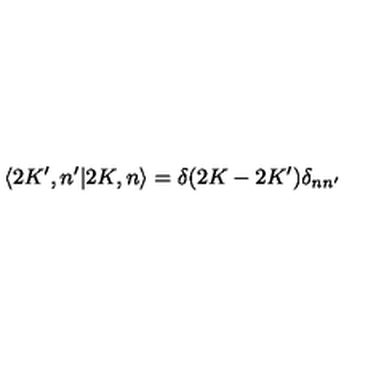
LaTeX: \langle 2 K ^ { \prime } , n ^ { \prime } | 2 K , n \rangle = \delta ( 2 K - 2 K ^ { \prime } ) \delta _ { n n ^ { \prime } }